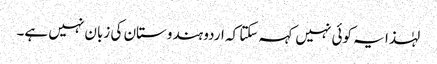
لہٰذا یہ کوئی نہیں کہہ سکتا کہ اردو ہندوستان کی زبان نہیں ہے۔